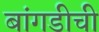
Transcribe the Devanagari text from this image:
बांगडीची